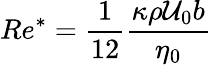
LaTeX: Re^{*}=\frac{1}{12}\frac{\kappa\rho\mathcal{U}_{0}b}{\eta_{0}}